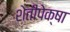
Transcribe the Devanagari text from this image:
शेतीपेक्षा